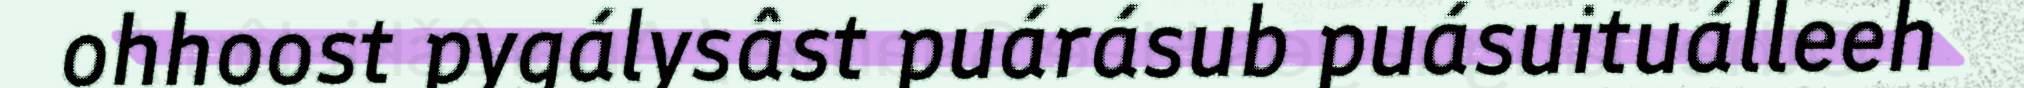
ohhoost pygálysâst puárásub puásuituálleeh